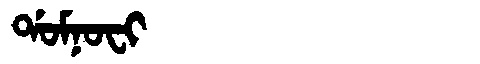
Manchu: ᡩᠣᠮᠨᠣᠸᡳ
Romanization: DOMNOFI